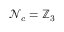
\mathcal { N } _ { c } = \mathbb Z _ { 3 }